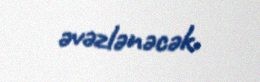
əvəzlənəcək.